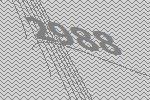
2988